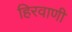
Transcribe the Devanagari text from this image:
हिरवाणी